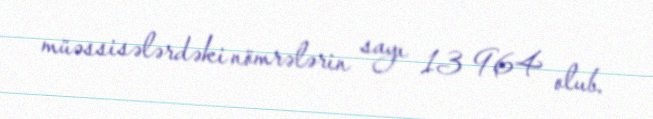
müəssisələrdəki nömrələrin sayı 13 964 olub.